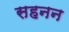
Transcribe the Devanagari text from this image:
सहनन